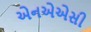
એનએએસી